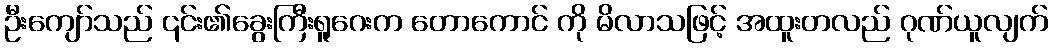
ဦးကျော်သည် ၎င်း၏ခွေးကြီးရူဂေးက တောကောင် ကို မိလာသဖြင့် အထူးတလည် ဂုဏ်ယူလျက်